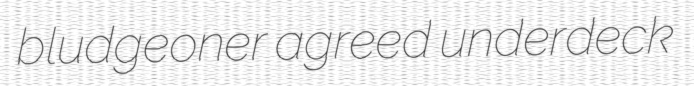
bludgeoner agreed underdeck